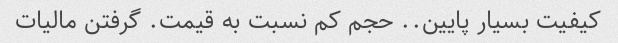
کیفیت بسیار پایین.. حجم کم نسبت به قیمت. گرفتن مالیات